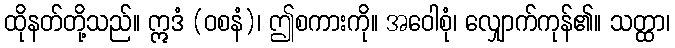
ထိုနတ်တို့သည်။ ဣဒံ (ဝစနံ)၊ ဤစကားကို။ အဝေါစုံ၊ လျှောက်ကုန်၏။ သတ္ထာ၊